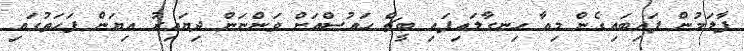
ފާލަމުން ފައިބައިގެން މިއާ ހިނގާލައިފައި ބީޗް ހައުސްއަށް ވަންނަން ދިޔައިރު އިޔަން ފަހަތުގައި